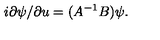
i \partial \psi / \partial u = ( A ^ { - 1 } B ) \psi .